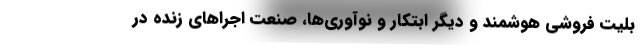
بلیت فروشی هوشمند و دیگر ابتکار و نوآوری‌ها، صنعت اجراهای زنده در